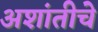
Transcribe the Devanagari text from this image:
अशांतीचे